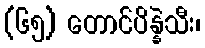
(၆၅) တောင်ပိန္နဲသီး၊